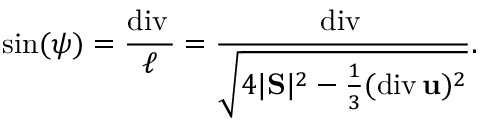
\sin ( \psi ) = \frac { \mathrm { d i v } \, \u } { \ell } = \frac { \mathrm { d i v } \, \u } { \sqrt { 4 | \mathrm { \bf S } | ^ { 2 } - \frac { 1 } { 3 } ( \mathrm { d i v } \, { \bf u } ) ^ { 2 } } } .